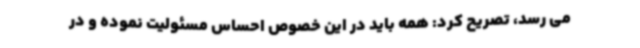
می رسد، تصریح کرد: همه باید در این خصوص احساس مسئولیت نموده و در